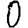
Digit: 0